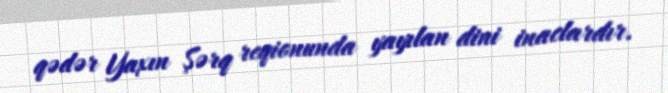
qədər Yaxın Şərq reqionunda yayılan dini inaclardır.